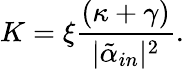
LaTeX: K=\xi\frac{(\kappa+\gamma)}{|\tilde{\alpha}_{in}|^{2}}.